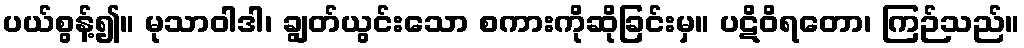
ပယ်စွန့်၍။ မုသာဝါဒါ၊ ချွတ်ယွင်းသော စကားကိုဆိုခြင်းမှ။ ပဋိဝိရတော၊ ကြဉ်သည်။